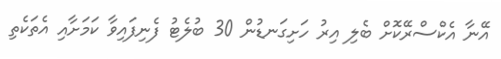
އޭނާ އެކްސްރޭކޮށް ބެލި އިރު ހަށިގަނޑުން 30 ބުލެޓު ފެނިފައިވާ ކަމަށާއި އެތަކެތި